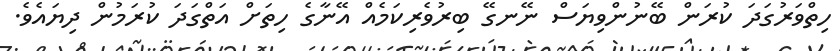
ހިތްވަރުގަދަ ކުރަން ބޭނުންވިޔަސް ނޭނގޭ ބިރުވެރިކަމެއް އޭނާގެ ހިތަށް އަތްގަދަ ކުރަމުން ދިޔައެވެ.